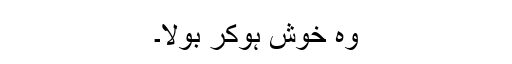
وہ خوش ہوکر بولا۔